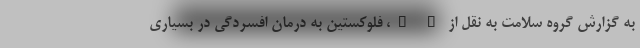
به گزارش گروه سلامت به نقل از " "، فلوکستین به درمان افسردگی در بسیاری